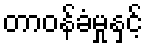
တာဝန်ခံမှုနှင့်